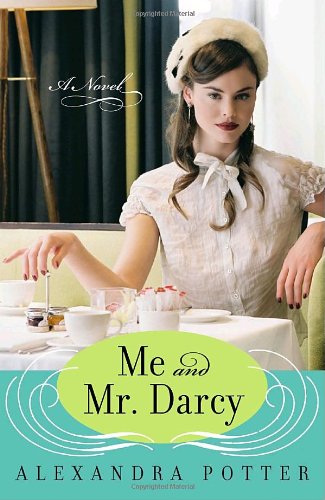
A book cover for Me and Mr. Darcy: A Novel; Alexandra Potter; Literature & Fiction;